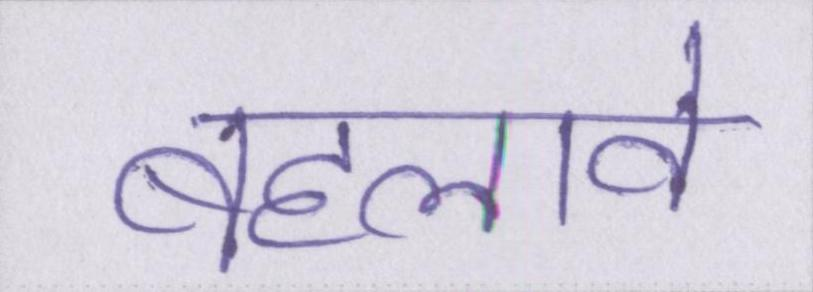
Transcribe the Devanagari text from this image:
बहलावे